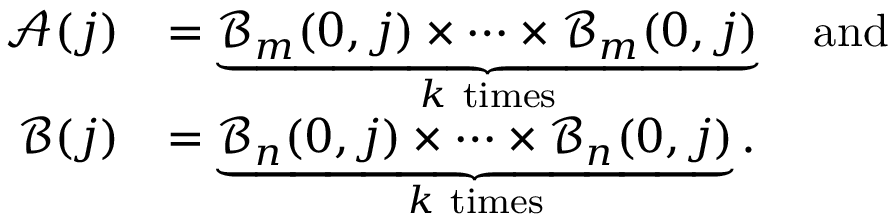
\begin{array} { r l } { \mathcal { A } ( j ) } & { = \underbrace { \mathcal { B } _ { m } ( { \boldsymbol { 0 } } , j ) \times \dots \times \mathcal { B } _ { m } ( { \boldsymbol { 0 } } , j ) } _ { k \ \mathrm { t i m e s } } \quad \mathrm { a n d } } \\ { \mathcal { B } ( j ) } & { = \underbrace { \mathcal { B } _ { n } ( { \boldsymbol { 0 } } , j ) \times \dots \times \mathcal { B } _ { n } ( { \boldsymbol { 0 } } , j ) } _ { k \ \mathrm { t i m e s } } . } \end{array}